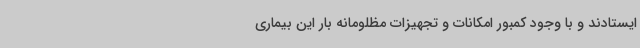
ایستادند و با وجود کمبور امکانات و تجهیزات مظلومانه بار این بیماری